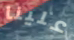
علينا